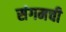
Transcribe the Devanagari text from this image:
संगमची